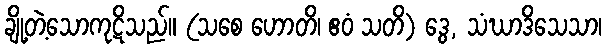
ချို့တဲ့သောကုဋိသည်။ (သစေ ဟောတိ၊ ဧဝံ သတိ) ဒွေ, သံဃာဒိသေသာ၊